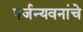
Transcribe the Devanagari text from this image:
पर्जन्यवनांचे